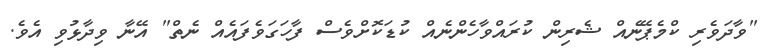
"ވާދަވެރި ކްމެޕޭނެއް ޝެރިން ކުރައްވާހެންނެއް ކުޑަކޮށްވެސް ފާހަގަވެފައެއް ނެތް" އޭނާ ވިދާޅުވި އެވެ.